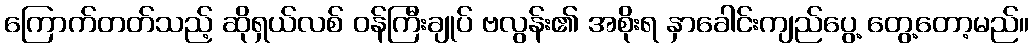
ကြောက်တတ်သည့် ဆိုရှယ်လစ် ဝန်ကြီးချုပ် ဗလွန်း၏ အစိုးရ နှာခေါင်းကျည်ပွေ့ တွေ့တော့မည်။